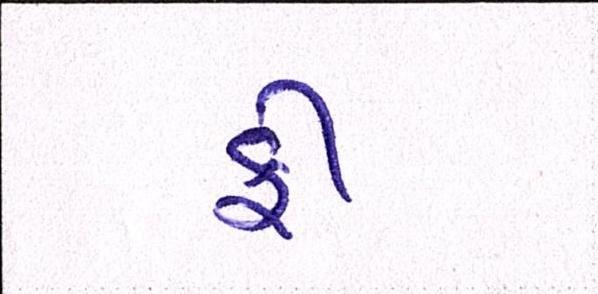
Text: ફી